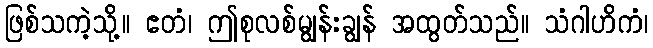
ဖြစ်သကဲ့သို့။ ဧတံ၊ ဤစုလစ်မျွန်းချွန် အထွတ်သည်။ သံဂါဟိကံ၊